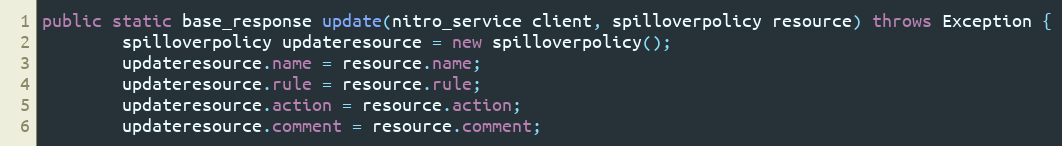
Language: Java
public static base_response update(nitro_service client, spilloverpolicy resource) throws Exception {
		spilloverpolicy updateresource = new spilloverpolicy();
		updateresource.name = resource.name;
		updateresource.rule = resource.rule;
		updateresource.action = resource.action;
		updateresource.comment = resource.comment;